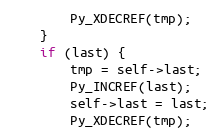
Language: C
        Py_XDECREF(tmp);
    }
    if (last) {
        tmp = self->last;
        Py_INCREF(last);
        self->last = last;
        Py_XDECREF(tmp);